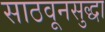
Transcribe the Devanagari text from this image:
साठवूनसुद्धा